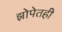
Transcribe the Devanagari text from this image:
झोपेतही